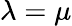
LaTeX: \lambda=\mu